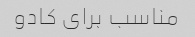
مناسب برای کادو